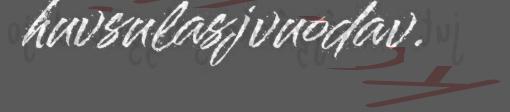
huvsulasjvuodav.